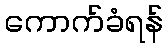
ကောက်ခံရန်